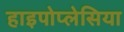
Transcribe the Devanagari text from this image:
हाइपोप्लेसिया